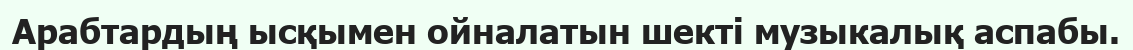
Арабтардың ысқымен ойналатын шекті музыкалық аспабы.